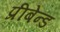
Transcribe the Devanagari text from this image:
प्रीबेन्ड